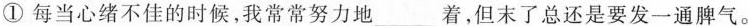
①每当心绪不佳的时候，我常常努力地___着，但末了总还是要发一通脾气。